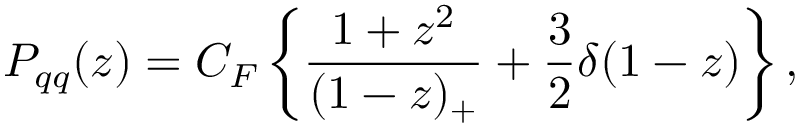
P _ { q q } ( z ) = C _ { F } \left\{ { { \frac { 1 + z ^ { 2 } } { ( 1 - z ) _ { + } } } + { \frac { 3 } { 2 } } \delta ( 1 - z ) } \right\} ,